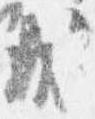
成